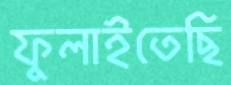
ফুলাইতেছি